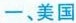
一、美国